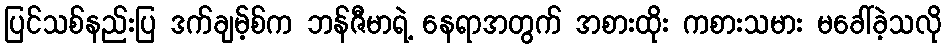
ပြင်သစ်နည်းပြ ဒက်ချမ့်စ်က ဘန်ဇီမာရဲ့ နေရာအတွက် အစားထိုး ကစားသမား မခေါ်ခဲ့သလို